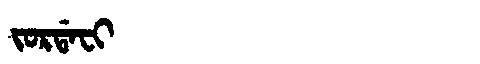
Manchu: ᠵᠣᡵᡩᠠᠸᡳ
Romanization: JORDAFI